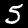
Label: 5